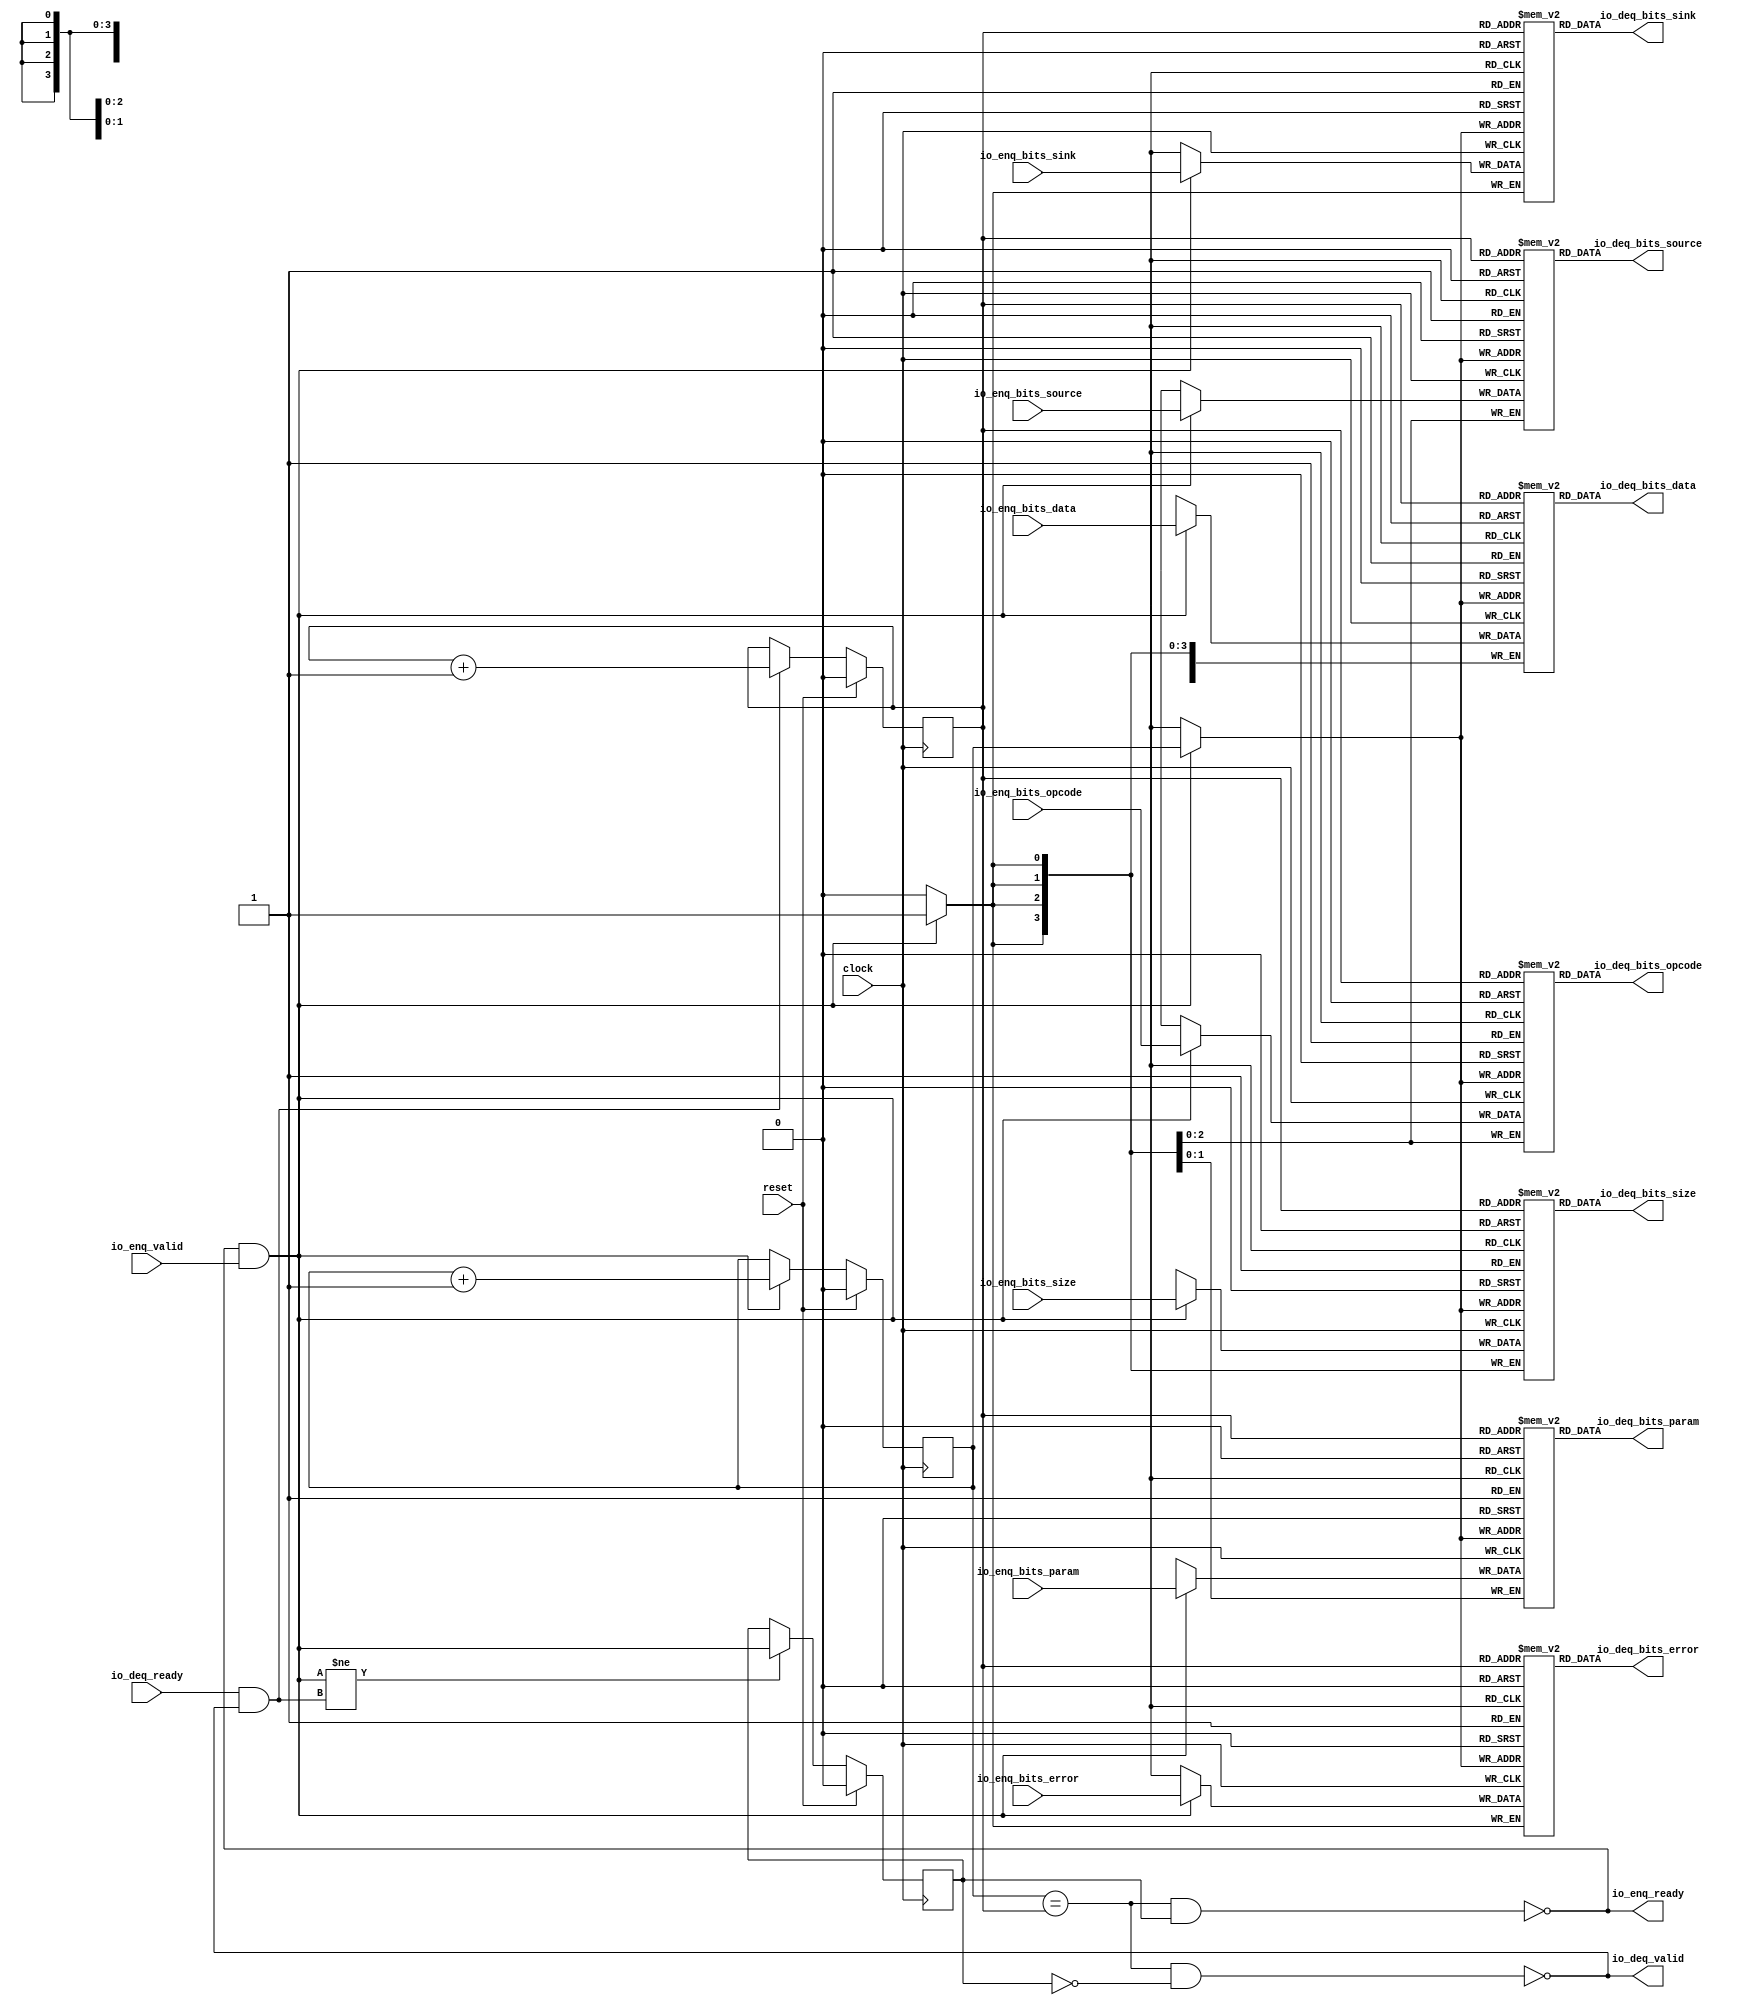
// Copyright (c) 2017, Microsemi Corporation
// All rights reserved.
//
// Redistribution and use in source and binary forms, with or without
// modification, are permitted provided that the following conditions are met:
//     * Redistributions of source code must retain the above copyright
//       notice, this list of conditions and the following disclaimer.
//     * Redistributions in binary form must reproduce the above copyright
//       notice, this list of conditions and the following disclaimer in the
//       documentation and/or other materials provided with the distribution.
//     * Neither the name of the <organization> nor the
//       names of its contributors may be used to endorse or promote products
//       derived from this software without specific prior written permission.
//
// THIS SOFTWARE IS PROVIDED BY THE COPYRIGHT HOLDERS AND CONTRIBUTORS "AS IS" AND
// ANY EXPRESS OR IMPLIED WARRANTIES, INCLUDING, BUT NOT LIMITED TO, THE IMPLIED
// WARRANTIES OF MERCHANTABILITY AND FITNESS FOR A PARTICULAR PURPOSE ARE
// DISCLAIMED. IN NO EVENT SHALL MICROSEMI CORPORATIONM BE LIABLE FOR ANY
// DIRECT, INDIRECT, INCIDENTAL, SPECIAL, EXEMPLARY, OR CONSEQUENTIAL DAMAGES
// (INCLUDING, BUT NOT LIMITED TO, PROCUREMENT OF SUBSTITUTE GOODS OR SERVICES;
// LOSS OF USE, DATA, OR PROFITS; OR BUSINESS INTERRUPTION) HOWEVER CAUSED AND
// ON ANY THEORY OF LIABILITY, WHETHER IN CONTRACT, STRICT LIABILITY, OR TORT
// (INCLUDING NEGLIGENCE OR OTHERWISE) ARISING IN ANY WAY OUT OF THE USE OF THIS
// SOFTWARE, EVEN IF ADVISED OF THE POSSIBILITY OF SUCH DAMAGE.
//
// APACHE LICENSE
// Copyright (c) 2017, Microsemi Corporation 
//
// Licensed under the Apache License, Version 2.0 (the "License");
// you may not use this file except in compliance with the License.
// You may obtain a copy of the License at
//
//    http://www.apache.org/licenses/LICENSE-2.0
//
// Unless required by applicable law or agreed to in writing, software
// distributed under the License is distributed on an "AS IS" BASIS,
// WITHOUT WARRANTIES OR CONDITIONS OF ANY KIND, either express or implied.
// See the License for the specific language governing permissions and
// limitations under the License.
//
// Description:
//
// SVN Revision Information:
// SVN $Revision: $
// SVN $Date: $
//
// Resolved SARs
// SAR      Date     Who   Description
//
// Notes:
//
// ****************************************************************************/
`ifndef RANDOMIZE_REG_INIT 
	 `define RANDOMIZE_REG_INIT 
 `endif
`ifndef RANDOMIZE_MEM_INIT 
	 `define RANDOMIZE_MEM_INIT 
 `endif
`ifndef RANDOMIZE 
	 `define RANDOMIZE 
`endif

`timescale 1ns/10ps
module MiV_AXI_MiV_AXI_0_MIV_RV32IMA_L1_AXI_QUEUE_3( // @[:freechips.rocketchip.system.MivRV32ImaL1AhbConfig.fir@1049.2]
  input         clock, // @[:freechips.rocketchip.system.MivRV32ImaL1AhbConfig.fir@1050.4]
  input         reset, // @[:freechips.rocketchip.system.MivRV32ImaL1AhbConfig.fir@1051.4]
  output        io_enq_ready, // @[:freechips.rocketchip.system.MivRV32ImaL1AhbConfig.fir@1052.4]
  input         io_enq_valid, // @[:freechips.rocketchip.system.MivRV32ImaL1AhbConfig.fir@1052.4]
  input  [2:0]  io_enq_bits_opcode, // @[:freechips.rocketchip.system.MivRV32ImaL1AhbConfig.fir@1052.4]
  input  [1:0]  io_enq_bits_param, // @[:freechips.rocketchip.system.MivRV32ImaL1AhbConfig.fir@1052.4]
  input  [3:0]  io_enq_bits_size, // @[:freechips.rocketchip.system.MivRV32ImaL1AhbConfig.fir@1052.4]
  input  [2:0]  io_enq_bits_source, // @[:freechips.rocketchip.system.MivRV32ImaL1AhbConfig.fir@1052.4]
  input         io_enq_bits_sink, // @[:freechips.rocketchip.system.MivRV32ImaL1AhbConfig.fir@1052.4]
  input  [31:0] io_enq_bits_data, // @[:freechips.rocketchip.system.MivRV32ImaL1AhbConfig.fir@1052.4]
  input         io_enq_bits_error, // @[:freechips.rocketchip.system.MivRV32ImaL1AhbConfig.fir@1052.4]
  input         io_deq_ready, // @[:freechips.rocketchip.system.MivRV32ImaL1AhbConfig.fir@1052.4]
  output        io_deq_valid, // @[:freechips.rocketchip.system.MivRV32ImaL1AhbConfig.fir@1052.4]
  output [2:0]  io_deq_bits_opcode, // @[:freechips.rocketchip.system.MivRV32ImaL1AhbConfig.fir@1052.4]
  output [1:0]  io_deq_bits_param, // @[:freechips.rocketchip.system.MivRV32ImaL1AhbConfig.fir@1052.4]
  output [3:0]  io_deq_bits_size, // @[:freechips.rocketchip.system.MivRV32ImaL1AhbConfig.fir@1052.4]
  output [2:0]  io_deq_bits_source, // @[:freechips.rocketchip.system.MivRV32ImaL1AhbConfig.fir@1052.4]
  output        io_deq_bits_sink, // @[:freechips.rocketchip.system.MivRV32ImaL1AhbConfig.fir@1052.4]
  output [31:0] io_deq_bits_data, // @[:freechips.rocketchip.system.MivRV32ImaL1AhbConfig.fir@1052.4]
  output        io_deq_bits_error // @[:freechips.rocketchip.system.MivRV32ImaL1AhbConfig.fir@1052.4]
);
  reg [2:0] ram_opcode [0:1] /* synthesis syn_ramstyle = "registers" */; // @[Decoupled.scala 211:24:freechips.rocketchip.system.MivRV32ImaL1AhbConfig.fir@1054.4]
  reg [31:0] _RAND_0;
  wire [2:0] ram_opcode__T_50_data; // @[Decoupled.scala 211:24:freechips.rocketchip.system.MivRV32ImaL1AhbConfig.fir@1054.4]
  wire  ram_opcode__T_50_addr; // @[Decoupled.scala 211:24:freechips.rocketchip.system.MivRV32ImaL1AhbConfig.fir@1054.4]
  wire [2:0] ram_opcode__T_36_data; // @[Decoupled.scala 211:24:freechips.rocketchip.system.MivRV32ImaL1AhbConfig.fir@1054.4]
  wire  ram_opcode__T_36_addr; // @[Decoupled.scala 211:24:freechips.rocketchip.system.MivRV32ImaL1AhbConfig.fir@1054.4]
  wire  ram_opcode__T_36_mask; // @[Decoupled.scala 211:24:freechips.rocketchip.system.MivRV32ImaL1AhbConfig.fir@1054.4]
  wire  ram_opcode__T_36_en; // @[Decoupled.scala 211:24:freechips.rocketchip.system.MivRV32ImaL1AhbConfig.fir@1054.4]
  reg [1:0] ram_param [0:1] /* synthesis syn_ramstyle = "registers" */; // @[Decoupled.scala 211:24:freechips.rocketchip.system.MivRV32ImaL1AhbConfig.fir@1054.4]
  reg [31:0] _RAND_1;
  wire [1:0] ram_param__T_50_data; // @[Decoupled.scala 211:24:freechips.rocketchip.system.MivRV32ImaL1AhbConfig.fir@1054.4]
  wire  ram_param__T_50_addr; // @[Decoupled.scala 211:24:freechips.rocketchip.system.MivRV32ImaL1AhbConfig.fir@1054.4]
  wire [1:0] ram_param__T_36_data; // @[Decoupled.scala 211:24:freechips.rocketchip.system.MivRV32ImaL1AhbConfig.fir@1054.4]
  wire  ram_param__T_36_addr; // @[Decoupled.scala 211:24:freechips.rocketchip.system.MivRV32ImaL1AhbConfig.fir@1054.4]
  wire  ram_param__T_36_mask; // @[Decoupled.scala 211:24:freechips.rocketchip.system.MivRV32ImaL1AhbConfig.fir@1054.4]
  wire  ram_param__T_36_en; // @[Decoupled.scala 211:24:freechips.rocketchip.system.MivRV32ImaL1AhbConfig.fir@1054.4]
  reg [3:0] ram_size [0:1] /* synthesis syn_ramstyle = "registers" */; // @[Decoupled.scala 211:24:freechips.rocketchip.system.MivRV32ImaL1AhbConfig.fir@1054.4]
  reg [31:0] _RAND_2;
  wire [3:0] ram_size__T_50_data; // @[Decoupled.scala 211:24:freechips.rocketchip.system.MivRV32ImaL1AhbConfig.fir@1054.4]
  wire  ram_size__T_50_addr; // @[Decoupled.scala 211:24:freechips.rocketchip.system.MivRV32ImaL1AhbConfig.fir@1054.4]
  wire [3:0] ram_size__T_36_data; // @[Decoupled.scala 211:24:freechips.rocketchip.system.MivRV32ImaL1AhbConfig.fir@1054.4]
  wire  ram_size__T_36_addr; // @[Decoupled.scala 211:24:freechips.rocketchip.system.MivRV32ImaL1AhbConfig.fir@1054.4]
  wire  ram_size__T_36_mask; // @[Decoupled.scala 211:24:freechips.rocketchip.system.MivRV32ImaL1AhbConfig.fir@1054.4]
  wire  ram_size__T_36_en; // @[Decoupled.scala 211:24:freechips.rocketchip.system.MivRV32ImaL1AhbConfig.fir@1054.4]
  reg [2:0] ram_source [0:1] /* synthesis syn_ramstyle = "registers" */; // @[Decoupled.scala 211:24:freechips.rocketchip.system.MivRV32ImaL1AhbConfig.fir@1054.4]
  reg [31:0] _RAND_3;
  wire [2:0] ram_source__T_50_data; // @[Decoupled.scala 211:24:freechips.rocketchip.system.MivRV32ImaL1AhbConfig.fir@1054.4]
  wire  ram_source__T_50_addr; // @[Decoupled.scala 211:24:freechips.rocketchip.system.MivRV32ImaL1AhbConfig.fir@1054.4]
  wire [2:0] ram_source__T_36_data; // @[Decoupled.scala 211:24:freechips.rocketchip.system.MivRV32ImaL1AhbConfig.fir@1054.4]
  wire  ram_source__T_36_addr; // @[Decoupled.scala 211:24:freechips.rocketchip.system.MivRV32ImaL1AhbConfig.fir@1054.4]
  wire  ram_source__T_36_mask; // @[Decoupled.scala 211:24:freechips.rocketchip.system.MivRV32ImaL1AhbConfig.fir@1054.4]
  wire  ram_source__T_36_en; // @[Decoupled.scala 211:24:freechips.rocketchip.system.MivRV32ImaL1AhbConfig.fir@1054.4]
  reg  ram_sink [0:1]; // @[Decoupled.scala 211:24:freechips.rocketchip.system.MivRV32ImaL1AhbConfig.fir@1054.4]
  reg [31:0] _RAND_4;
  wire  ram_sink__T_50_data; // @[Decoupled.scala 211:24:freechips.rocketchip.system.MivRV32ImaL1AhbConfig.fir@1054.4]
  wire  ram_sink__T_50_addr; // @[Decoupled.scala 211:24:freechips.rocketchip.system.MivRV32ImaL1AhbConfig.fir@1054.4]
  wire  ram_sink__T_36_data; // @[Decoupled.scala 211:24:freechips.rocketchip.system.MivRV32ImaL1AhbConfig.fir@1054.4]
  wire  ram_sink__T_36_addr; // @[Decoupled.scala 211:24:freechips.rocketchip.system.MivRV32ImaL1AhbConfig.fir@1054.4]
  wire  ram_sink__T_36_mask; // @[Decoupled.scala 211:24:freechips.rocketchip.system.MivRV32ImaL1AhbConfig.fir@1054.4]
  wire  ram_sink__T_36_en; // @[Decoupled.scala 211:24:freechips.rocketchip.system.MivRV32ImaL1AhbConfig.fir@1054.4]
  reg [31:0] ram_data [0:1] /* synthesis syn_ramstyle = "registers" */; // @[Decoupled.scala 211:24:freechips.rocketchip.system.MivRV32ImaL1AhbConfig.fir@1054.4]
  reg [31:0] _RAND_5;
  wire [31:0] ram_data__T_50_data; // @[Decoupled.scala 211:24:freechips.rocketchip.system.MivRV32ImaL1AhbConfig.fir@1054.4]
  wire  ram_data__T_50_addr; // @[Decoupled.scala 211:24:freechips.rocketchip.system.MivRV32ImaL1AhbConfig.fir@1054.4]
  wire [31:0] ram_data__T_36_data; // @[Decoupled.scala 211:24:freechips.rocketchip.system.MivRV32ImaL1AhbConfig.fir@1054.4]
  wire  ram_data__T_36_addr; // @[Decoupled.scala 211:24:freechips.rocketchip.system.MivRV32ImaL1AhbConfig.fir@1054.4]
  wire  ram_data__T_36_mask; // @[Decoupled.scala 211:24:freechips.rocketchip.system.MivRV32ImaL1AhbConfig.fir@1054.4]
  wire  ram_data__T_36_en; // @[Decoupled.scala 211:24:freechips.rocketchip.system.MivRV32ImaL1AhbConfig.fir@1054.4]
  reg  ram_error [0:1]; // @[Decoupled.scala 211:24:freechips.rocketchip.system.MivRV32ImaL1AhbConfig.fir@1054.4]
  reg [31:0] _RAND_6;
  wire  ram_error__T_50_data; // @[Decoupled.scala 211:24:freechips.rocketchip.system.MivRV32ImaL1AhbConfig.fir@1054.4]
  wire  ram_error__T_50_addr; // @[Decoupled.scala 211:24:freechips.rocketchip.system.MivRV32ImaL1AhbConfig.fir@1054.4]
  wire  ram_error__T_36_data; // @[Decoupled.scala 211:24:freechips.rocketchip.system.MivRV32ImaL1AhbConfig.fir@1054.4]
  wire  ram_error__T_36_addr; // @[Decoupled.scala 211:24:freechips.rocketchip.system.MivRV32ImaL1AhbConfig.fir@1054.4]
  wire  ram_error__T_36_mask; // @[Decoupled.scala 211:24:freechips.rocketchip.system.MivRV32ImaL1AhbConfig.fir@1054.4]
  wire  ram_error__T_36_en; // @[Decoupled.scala 211:24:freechips.rocketchip.system.MivRV32ImaL1AhbConfig.fir@1054.4]
  reg  value; // @[Counter.scala 26:33:freechips.rocketchip.system.MivRV32ImaL1AhbConfig.fir@1055.4]
  reg [31:0] _RAND_7;
  reg  value_1; // @[Counter.scala 26:33:freechips.rocketchip.system.MivRV32ImaL1AhbConfig.fir@1056.4]
  reg [31:0] _RAND_8;
  reg  maybe_full; // @[Decoupled.scala 214:35:freechips.rocketchip.system.MivRV32ImaL1AhbConfig.fir@1057.4]
  reg [31:0] _RAND_9;
  wire  _T_28; // @[Decoupled.scala 216:41:freechips.rocketchip.system.MivRV32ImaL1AhbConfig.fir@1058.4]
  wire  _T_30; // @[Decoupled.scala 217:36:freechips.rocketchip.system.MivRV32ImaL1AhbConfig.fir@1059.4]
  wire  empty; // @[Decoupled.scala 217:33:freechips.rocketchip.system.MivRV32ImaL1AhbConfig.fir@1060.4]
  wire  _T_31; // @[Decoupled.scala 218:32:freechips.rocketchip.system.MivRV32ImaL1AhbConfig.fir@1061.4]
  wire  do_enq; // @[Decoupled.scala 30:37:freechips.rocketchip.system.MivRV32ImaL1AhbConfig.fir@1062.4]
  wire  do_deq; // @[Decoupled.scala 30:37:freechips.rocketchip.system.MivRV32ImaL1AhbConfig.fir@1065.4]
  wire [1:0] _T_39; // @[Counter.scala 35:22:freechips.rocketchip.system.MivRV32ImaL1AhbConfig.fir@1078.6]
  wire  _T_40; // @[Counter.scala 35:22:freechips.rocketchip.system.MivRV32ImaL1AhbConfig.fir@1079.6]
  wire  _GEN_10; // @[Decoupled.scala 222:17:freechips.rocketchip.system.MivRV32ImaL1AhbConfig.fir@1068.4]
  wire [1:0] _T_43; // @[Counter.scala 35:22:freechips.rocketchip.system.MivRV32ImaL1AhbConfig.fir@1084.6]
  wire  _T_44; // @[Counter.scala 35:22:freechips.rocketchip.system.MivRV32ImaL1AhbConfig.fir@1085.6]
  wire  _GEN_11; // @[Decoupled.scala 226:17:freechips.rocketchip.system.MivRV32ImaL1AhbConfig.fir@1082.4]
  wire  _T_45; // @[Decoupled.scala 229:16:freechips.rocketchip.system.MivRV32ImaL1AhbConfig.fir@1088.4]
  wire  _GEN_12; // @[Decoupled.scala 229:27:freechips.rocketchip.system.MivRV32ImaL1AhbConfig.fir@1089.4]
  wire  _T_47; // @[Decoupled.scala 233:19:freechips.rocketchip.system.MivRV32ImaL1AhbConfig.fir@1092.4]
  wire  _T_49; // @[Decoupled.scala 234:19:freechips.rocketchip.system.MivRV32ImaL1AhbConfig.fir@1094.4]
  assign ram_opcode__T_50_addr = value_1;
  assign ram_opcode__T_50_data = ram_opcode[ram_opcode__T_50_addr]; // @[Decoupled.scala 211:24:freechips.rocketchip.system.MivRV32ImaL1AhbConfig.fir@1054.4]
  assign ram_opcode__T_36_data = io_enq_bits_opcode;
  assign ram_opcode__T_36_addr = value;
  assign ram_opcode__T_36_mask = do_enq;
  assign ram_opcode__T_36_en = do_enq;
  assign ram_param__T_50_addr = value_1;
  assign ram_param__T_50_data = ram_param[ram_param__T_50_addr]; // @[Decoupled.scala 211:24:freechips.rocketchip.system.MivRV32ImaL1AhbConfig.fir@1054.4]
  assign ram_param__T_36_data = io_enq_bits_param;
  assign ram_param__T_36_addr = value;
  assign ram_param__T_36_mask = do_enq;
  assign ram_param__T_36_en = do_enq;
  assign ram_size__T_50_addr = value_1;
  assign ram_size__T_50_data = ram_size[ram_size__T_50_addr]; // @[Decoupled.scala 211:24:freechips.rocketchip.system.MivRV32ImaL1AhbConfig.fir@1054.4]
  assign ram_size__T_36_data = io_enq_bits_size;
  assign ram_size__T_36_addr = value;
  assign ram_size__T_36_mask = do_enq;
  assign ram_size__T_36_en = do_enq;
  assign ram_source__T_50_addr = value_1;
  assign ram_source__T_50_data = ram_source[ram_source__T_50_addr]; // @[Decoupled.scala 211:24:freechips.rocketchip.system.MivRV32ImaL1AhbConfig.fir@1054.4]
  assign ram_source__T_36_data = io_enq_bits_source;
  assign ram_source__T_36_addr = value;
  assign ram_source__T_36_mask = do_enq;
  assign ram_source__T_36_en = do_enq;
  assign ram_sink__T_50_addr = value_1;
  assign ram_sink__T_50_data = ram_sink[ram_sink__T_50_addr]; // @[Decoupled.scala 211:24:freechips.rocketchip.system.MivRV32ImaL1AhbConfig.fir@1054.4]
  assign ram_sink__T_36_data = io_enq_bits_sink;
  assign ram_sink__T_36_addr = value;
  assign ram_sink__T_36_mask = do_enq;
  assign ram_sink__T_36_en = do_enq;
  assign ram_data__T_50_addr = value_1;
  assign ram_data__T_50_data = ram_data[ram_data__T_50_addr]; // @[Decoupled.scala 211:24:freechips.rocketchip.system.MivRV32ImaL1AhbConfig.fir@1054.4]
  assign ram_data__T_36_data = io_enq_bits_data;
  assign ram_data__T_36_addr = value;
  assign ram_data__T_36_mask = do_enq;
  assign ram_data__T_36_en = do_enq;
  assign ram_error__T_50_addr = value_1;
  assign ram_error__T_50_data = ram_error[ram_error__T_50_addr]; // @[Decoupled.scala 211:24:freechips.rocketchip.system.MivRV32ImaL1AhbConfig.fir@1054.4]
  assign ram_error__T_36_data = io_enq_bits_error;
  assign ram_error__T_36_addr = value;
  assign ram_error__T_36_mask = do_enq;
  assign ram_error__T_36_en = do_enq;
  assign _T_28 = value == value_1; // @[Decoupled.scala 216:41:freechips.rocketchip.system.MivRV32ImaL1AhbConfig.fir@1058.4]
  assign _T_30 = maybe_full == 1'h0; // @[Decoupled.scala 217:36:freechips.rocketchip.system.MivRV32ImaL1AhbConfig.fir@1059.4]
  assign empty = _T_28 & _T_30; // @[Decoupled.scala 217:33:freechips.rocketchip.system.MivRV32ImaL1AhbConfig.fir@1060.4]
  assign _T_31 = _T_28 & maybe_full; // @[Decoupled.scala 218:32:freechips.rocketchip.system.MivRV32ImaL1AhbConfig.fir@1061.4]
  assign do_enq = io_enq_ready & io_enq_valid; // @[Decoupled.scala 30:37:freechips.rocketchip.system.MivRV32ImaL1AhbConfig.fir@1062.4]
  assign do_deq = io_deq_ready & io_deq_valid; // @[Decoupled.scala 30:37:freechips.rocketchip.system.MivRV32ImaL1AhbConfig.fir@1065.4]
  assign _T_39 = value + 1'h1; // @[Counter.scala 35:22:freechips.rocketchip.system.MivRV32ImaL1AhbConfig.fir@1078.6]
  assign _T_40 = _T_39[0:0]; // @[Counter.scala 35:22:freechips.rocketchip.system.MivRV32ImaL1AhbConfig.fir@1079.6]
  assign _GEN_10 = do_enq ? _T_40 : value; // @[Decoupled.scala 222:17:freechips.rocketchip.system.MivRV32ImaL1AhbConfig.fir@1068.4]
  assign _T_43 = value_1 + 1'h1; // @[Counter.scala 35:22:freechips.rocketchip.system.MivRV32ImaL1AhbConfig.fir@1084.6]
  assign _T_44 = _T_43[0:0]; // @[Counter.scala 35:22:freechips.rocketchip.system.MivRV32ImaL1AhbConfig.fir@1085.6]
  assign _GEN_11 = do_deq ? _T_44 : value_1; // @[Decoupled.scala 226:17:freechips.rocketchip.system.MivRV32ImaL1AhbConfig.fir@1082.4]
  assign _T_45 = do_enq != do_deq; // @[Decoupled.scala 229:16:freechips.rocketchip.system.MivRV32ImaL1AhbConfig.fir@1088.4]
  assign _GEN_12 = _T_45 ? do_enq : maybe_full; // @[Decoupled.scala 229:27:freechips.rocketchip.system.MivRV32ImaL1AhbConfig.fir@1089.4]
  assign _T_47 = empty == 1'h0; // @[Decoupled.scala 233:19:freechips.rocketchip.system.MivRV32ImaL1AhbConfig.fir@1092.4]
  assign _T_49 = _T_31 == 1'h0; // @[Decoupled.scala 234:19:freechips.rocketchip.system.MivRV32ImaL1AhbConfig.fir@1094.4]
  assign io_enq_ready = _T_49;
  assign io_deq_valid = _T_47;
  assign io_deq_bits_opcode = ram_opcode__T_50_data;
  assign io_deq_bits_param = ram_param__T_50_data;
  assign io_deq_bits_size = ram_size__T_50_data;
  assign io_deq_bits_source = ram_source__T_50_data;
  assign io_deq_bits_sink = ram_sink__T_50_data;
  assign io_deq_bits_data = ram_data__T_50_data;
  assign io_deq_bits_error = ram_error__T_50_data;
`ifdef RANDOMIZE
  integer initvar;
  initial begin
    `ifndef verilator
      #0.002 begin end
    `endif
  _RAND_0 = {1{32'b0}};
  `ifdef RANDOMIZE_MEM_INIT
  for (initvar = 0; initvar < 2; initvar = initvar+1)
    ram_opcode[initvar] = _RAND_0[2:0];
  `endif // RANDOMIZE_MEM_INIT
  _RAND_1 = {1{32'b0}};
  `ifdef RANDOMIZE_MEM_INIT
  for (initvar = 0; initvar < 2; initvar = initvar+1)
    ram_param[initvar] = _RAND_1[1:0];
  `endif // RANDOMIZE_MEM_INIT
  _RAND_2 = {1{32'b0}};
  `ifdef RANDOMIZE_MEM_INIT
  for (initvar = 0; initvar < 2; initvar = initvar+1)
    ram_size[initvar] = _RAND_2[3:0];
  `endif // RANDOMIZE_MEM_INIT
  _RAND_3 = {1{32'b0}};
  `ifdef RANDOMIZE_MEM_INIT
  for (initvar = 0; initvar < 2; initvar = initvar+1)
    ram_source[initvar] = _RAND_3[2:0];
  `endif // RANDOMIZE_MEM_INIT
  _RAND_4 = {1{32'b0}};
  `ifdef RANDOMIZE_MEM_INIT
  for (initvar = 0; initvar < 2; initvar = initvar+1)
    ram_sink[initvar] = _RAND_4[0:0];
  `endif // RANDOMIZE_MEM_INIT
  _RAND_5 = {1{32'b0}};
  `ifdef RANDOMIZE_MEM_INIT
  for (initvar = 0; initvar < 2; initvar = initvar+1)
    ram_data[initvar] = _RAND_5[31:0];
  `endif // RANDOMIZE_MEM_INIT
  _RAND_6 = {1{32'b0}};
  `ifdef RANDOMIZE_MEM_INIT
  for (initvar = 0; initvar < 2; initvar = initvar+1)
    ram_error[initvar] = _RAND_6[0:0];
  `endif // RANDOMIZE_MEM_INIT
  `ifdef RANDOMIZE_REG_INIT
  _RAND_7 = {1{32'b0}};
  value = _RAND_7[0:0];
  `endif // RANDOMIZE_REG_INIT
  `ifdef RANDOMIZE_REG_INIT
  _RAND_8 = {1{32'b0}};
  value_1 = _RAND_8[0:0];
  `endif // RANDOMIZE_REG_INIT
  `ifdef RANDOMIZE_REG_INIT
  _RAND_9 = {1{32'b0}};
  maybe_full = _RAND_9[0:0];
  `endif // RANDOMIZE_REG_INIT
  end
`endif // RANDOMIZE
  always @(posedge clock) begin
    if(ram_opcode__T_36_en & ram_opcode__T_36_mask) begin
      ram_opcode[ram_opcode__T_36_addr] <= ram_opcode__T_36_data; // @[Decoupled.scala 211:24:freechips.rocketchip.system.MivRV32ImaL1AhbConfig.fir@1054.4]
    end
    if(ram_param__T_36_en & ram_param__T_36_mask) begin
      ram_param[ram_param__T_36_addr] <= ram_param__T_36_data; // @[Decoupled.scala 211:24:freechips.rocketchip.system.MivRV32ImaL1AhbConfig.fir@1054.4]
    end
    if(ram_size__T_36_en & ram_size__T_36_mask) begin
      ram_size[ram_size__T_36_addr] <= ram_size__T_36_data; // @[Decoupled.scala 211:24:freechips.rocketchip.system.MivRV32ImaL1AhbConfig.fir@1054.4]
    end
    if(ram_source__T_36_en & ram_source__T_36_mask) begin
      ram_source[ram_source__T_36_addr] <= ram_source__T_36_data; // @[Decoupled.scala 211:24:freechips.rocketchip.system.MivRV32ImaL1AhbConfig.fir@1054.4]
    end
    if(ram_sink__T_36_en & ram_sink__T_36_mask) begin
      ram_sink[ram_sink__T_36_addr] <= ram_sink__T_36_data; // @[Decoupled.scala 211:24:freechips.rocketchip.system.MivRV32ImaL1AhbConfig.fir@1054.4]
    end
    if(ram_data__T_36_en & ram_data__T_36_mask) begin
      ram_data[ram_data__T_36_addr] <= ram_data__T_36_data; // @[Decoupled.scala 211:24:freechips.rocketchip.system.MivRV32ImaL1AhbConfig.fir@1054.4]
    end
    if(ram_error__T_36_en & ram_error__T_36_mask) begin
      ram_error[ram_error__T_36_addr] <= ram_error__T_36_data; // @[Decoupled.scala 211:24:freechips.rocketchip.system.MivRV32ImaL1AhbConfig.fir@1054.4]
    end
    if (reset) begin
      value <= 1'h0;
    end else begin
      if (do_enq) begin
        value <= _T_40;
      end
    end
    if (reset) begin
      value_1 <= 1'h0;
    end else begin
      if (do_deq) begin
        value_1 <= _T_44;
      end
    end
    if (reset) begin
      maybe_full <= 1'h0;
    end else begin
      if (_T_45) begin
        maybe_full <= do_enq;
      end
    end
  end
endmodule